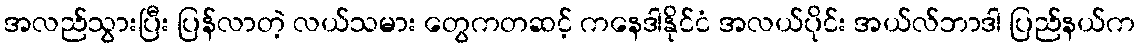
အလည်သွားပြီး ပြန်လာတဲ့ လယ်သမား တွေကတဆင့် ကနေဒါနိုင်ငံ အလယ်ပိုင်း အယ်လ်ဘာဒါ ပြည်နယ်က